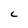
Character: c